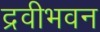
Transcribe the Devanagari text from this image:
द्रवीभवन